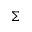
\Sigma